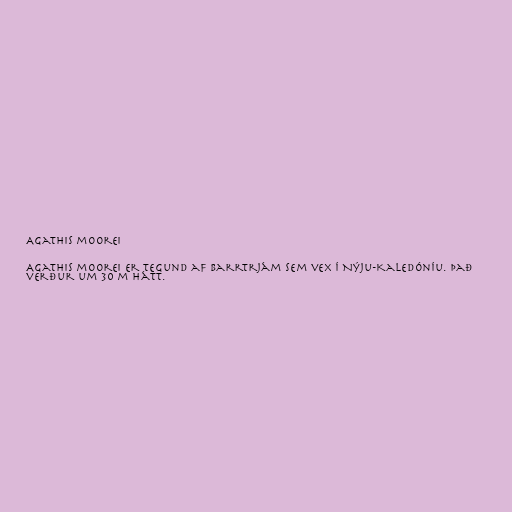
Agathis moorei

Agathis moorei er tegund af barrtrjám sem vex í Nýju-Kaledóníu. Það
verður um 30 m hátt.